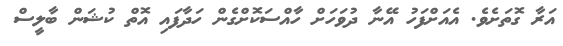
އަރާ ގޮތަށެވެ. އެއަށްފަހު އޭނާ ދުވަހަށް ހާއްސަކޮށްގެން ހަދާފައި އޮތް ކުޝަން ބާލީސް